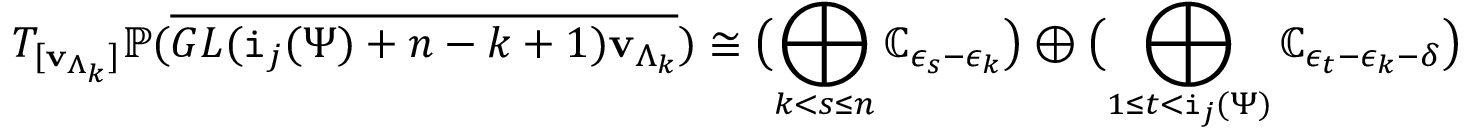
T _ { [ \mathbf { v } _ { \Lambda _ { k } } ] } \mathbb { P } ( \overline { { \mathop { G L } ( \mathtt { i } _ { j } ( \Psi ) + n - k + 1 ) \mathbf { v } _ { \Lambda _ { k } } } } ) \cong \bigl ( \bigoplus _ { k < s \le n } { \mathbb C } _ { \epsilon _ { s } - \epsilon _ { k } } \bigr ) \oplus \bigl ( \bigoplus _ { 1 \le t < \mathtt { i } _ { j } ( \Psi ) } { \mathbb C } _ { \epsilon _ { t } - \epsilon _ { k } - \delta } \bigr )